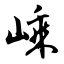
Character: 嵊